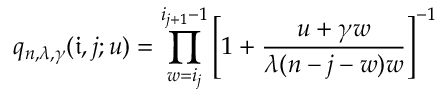
q _ { n , \lambda , \gamma } ( \mathfrak { i } , j ; u ) = \prod _ { w = i _ { j } } ^ { i _ { j + 1 } - 1 } \left[ 1 + \frac { u + \gamma w } { \lambda ( n - j - w ) w } \right] ^ { - 1 }